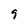
Character: 9